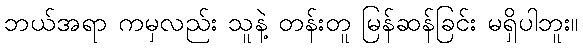
ဘယ်အရာ ကမှလည်း သူနဲ့ တန်းတူ မြန်ဆန်ခြင်း မရှိပါဘူး။